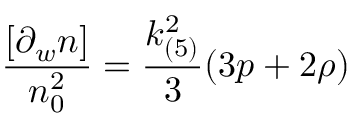
\frac { [ \partial _ { w } n ] } { n _ { 0 } ^ { 2 } } = \frac { k _ { ( 5 ) } ^ { 2 } } { 3 } ( 3 p + 2 \rho )